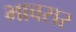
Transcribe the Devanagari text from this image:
भावसर